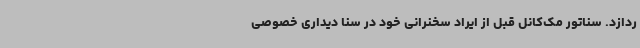
ردازد. سناتور مک‌کانل قبل از ایراد سخنرانی خود در سنا دیداری خصوصی